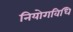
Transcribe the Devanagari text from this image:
नियोगविधि